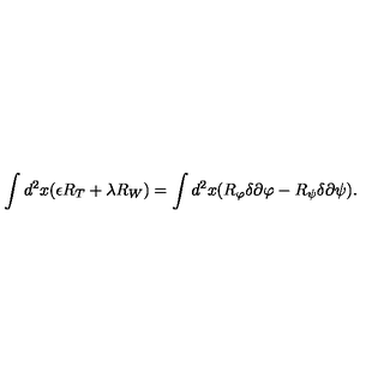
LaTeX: \int d ^ { 2 } x ( \epsilon R _ { T } + \lambda R _ { W } ) = \int d ^ { 2 } x ( R _ { \varphi } \delta \partial \varphi - R _ { \psi } \delta \partial \psi ) .